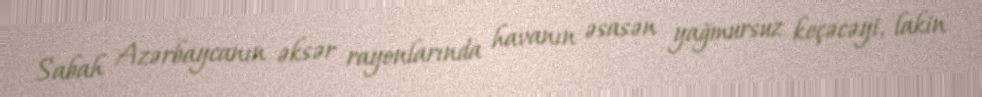
Sabah Azərbaycanın əksər rayonlarında havanın əsasən yağmursuz keçəcəyi, lakin